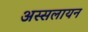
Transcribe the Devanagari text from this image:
अस्सलायन